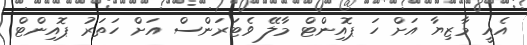
އެއީ މާޒިޔާ އަށް ހަ ޕޮއިންޓް މާލޭ ވެޓަރަންސް އަށް ހަތަރު ޕޮއިންޓް